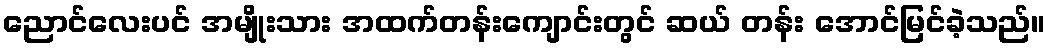
ညောင်လေးပင် အမျိုးသား အထက်တန်းကျောင်းတွင် ဆယ် တန်း အောင်မြင်ခဲ့သည်။